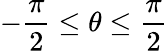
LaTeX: -{\frac{\pi}{2}}\leq\theta\leq{\frac{\pi}{2}}